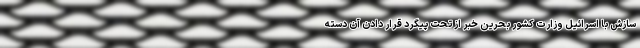
سازش با اسرائیل وزارت کشور بحرین خبر از تحت پیگرد قرار دادن آن دسته